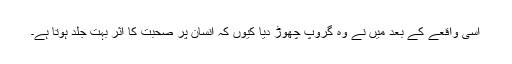
اسی واقعے کے بعد میں نے وہ گروپ چھوڑ دیا کیوں کہ انسان پر صحبت کا اثر بہت جلد ہوتا ہے۔